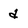
Character: d